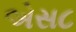
એસ૮